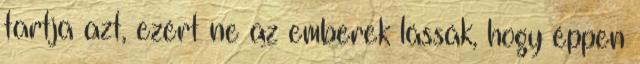
tartja azt, ezért ne az emberek lássák, hogy éppen